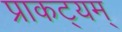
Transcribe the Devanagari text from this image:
प्राकट्यम्